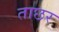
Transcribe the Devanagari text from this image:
ताछर